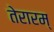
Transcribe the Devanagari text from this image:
तेरारम्‌